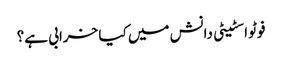
فوٹو اسٹیٹی دانش میں کیا خرابی ہے؟